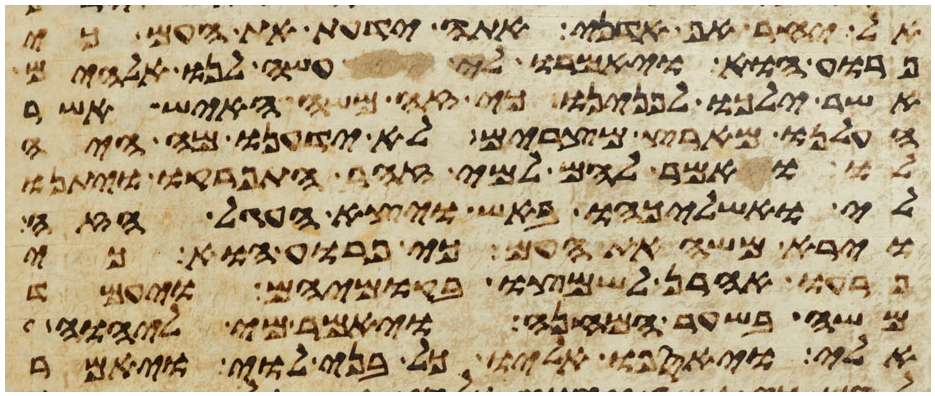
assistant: אל יחר אף אדני אתה ידעת את העם כי
פרוע הוא ויאמרו לי עשה לנו אלהים
אשר ילכו לפנינו כי זה משה האיש אשר
העלנו מארץ מצרים לא ידענו מה היה
לו ואמר להם למי זהב התפרקו ויתנו
לי ואשליכהו באש ויצא העגל הזה
וירא משה את העם כי פרוע הוא כי
פרעו אהרן לשמצו בקומיהם ויעמד
משה בשער המחנה ויאמר מי ליהוה
אלי ויאספו אליו כל בני לוי ויאמר